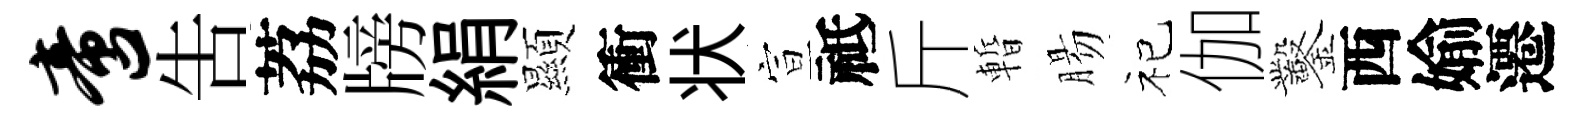
啻吿荔牓絹顯衝状宣祗斤暫腸祀伽鑿西媮遷